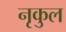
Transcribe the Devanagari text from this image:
नृकुल